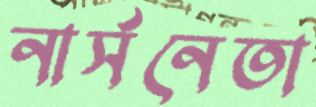
নার্সনেতা